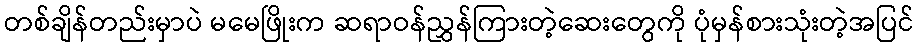
တစ်ချိန်တည်းမှာပဲ မမေဖြိုးက ဆရာဝန်ညွှန်ကြားတဲ့ဆေးတွေကို ပုံမှန်စားသုံးတဲ့အပြင်